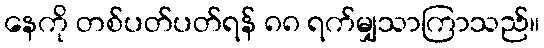
နေကို တစ်ပတ်ပတ်ရန် ၈၈ ရက်မျှသာကြာသည်။